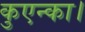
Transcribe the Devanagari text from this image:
कुएन्का।